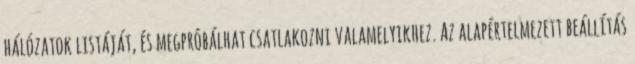
hálózatok listáját, és megpróbálhat csatlakozni valamelyikhez. Az alapértelmezett beállítás